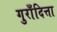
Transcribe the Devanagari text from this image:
गुराँदित्ता